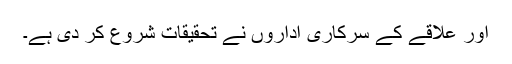
اور علاقے کے سرکاری اداروں نے تحقیقات شروع کر دی ہے۔